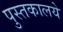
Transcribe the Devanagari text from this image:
पुस्तकालये